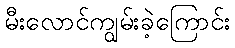
မီးလောင်ကျွမ်းခဲ့ကြောင်း